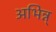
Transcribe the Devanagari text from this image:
अभिन्न्